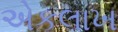
એકલાખ